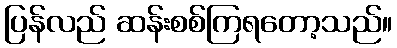
ပြန်လည် ဆန်းစစ်ကြရတော့သည်။